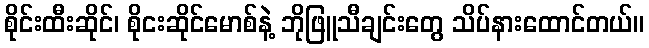
စိုင်းထီးဆိုင်၊ စိုငးဆိုင်မောစ်နဲ့ ဘိုဖြူသီချင်းတွေ သိပ်နားထောင်တယ်။